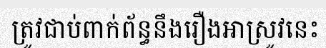
ត្រូវជាប់ពាក់ព័ន្ធនឹងរឿងអាស្រូវនេះ